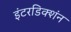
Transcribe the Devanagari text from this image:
इंटरडिक्शंन